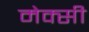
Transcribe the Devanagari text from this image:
मेक्सी